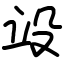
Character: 竐